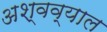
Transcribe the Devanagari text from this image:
अश्वव्याल